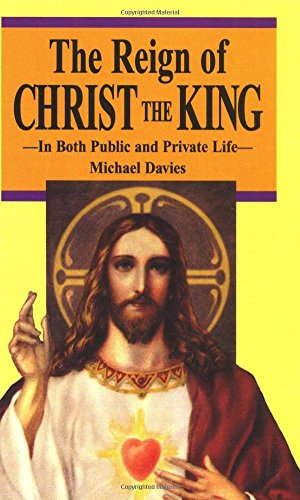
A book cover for The Reign of Christ the King; Michael Davies; Law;